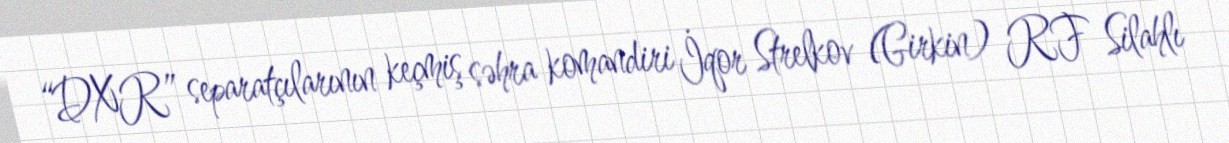
“DXR” separatçılarının keçmiş səhra komandiri İqor Strelkov (Girkin) RF Silahlı